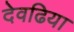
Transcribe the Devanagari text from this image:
देवढिया